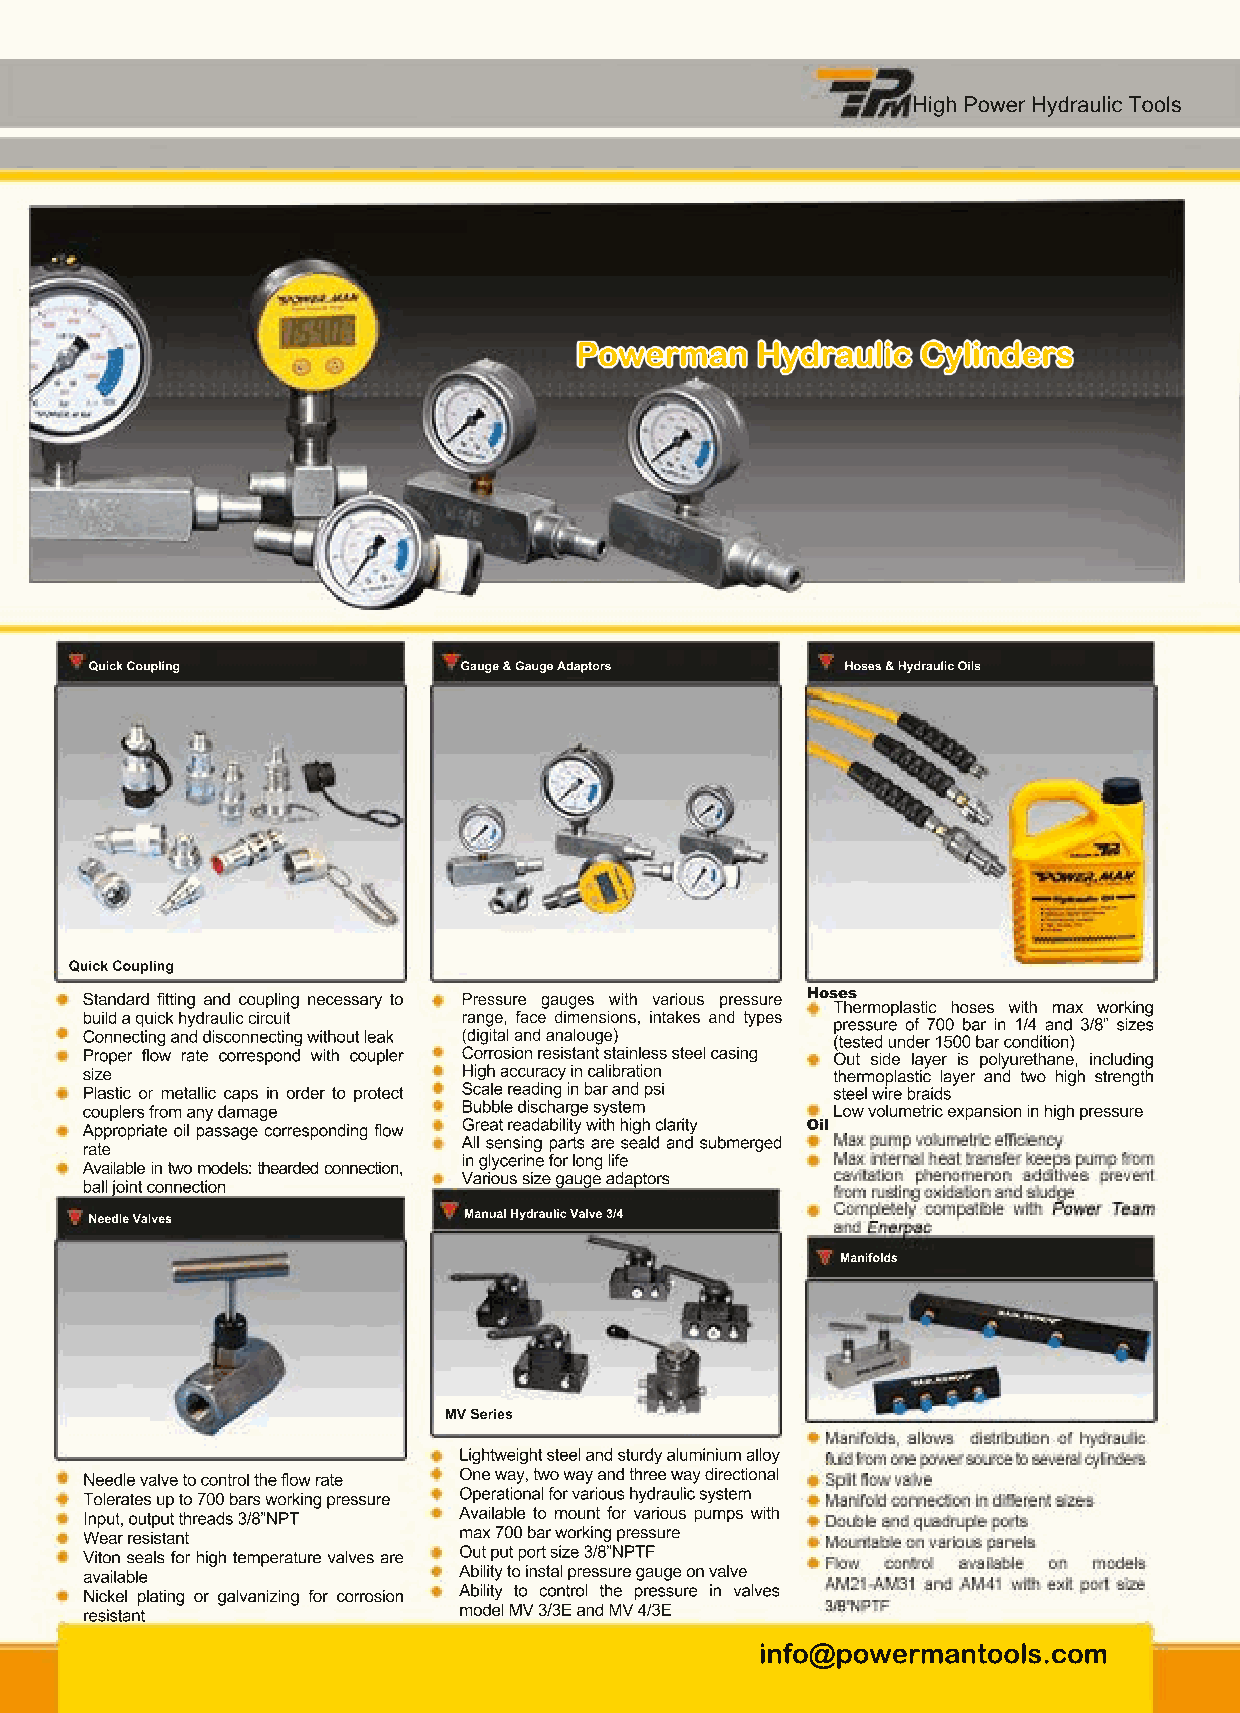
High Power Hydraulic Tools
 Powerman    Hydraulic  Cylinders
 Quick Coupling          GGaauuggee && GGaauuggee AAddaappttoorrss Hoses & Hydraulic Oils
 QQuuiicckk CCoouupplliinngg
 Standard fitting and coupling necessary to Pressure gauges with various pressure HHoosseess
 Thermoplastic hoses with max working
 build a quick hydraulic circuit range, face dimensions, intakes and types
 pressure of 700 bar in 1/4 and 3/8” sizes
 Connecting and disconnecting without leak (digital and analouge) (tested under 1500 bar condition)
 Proper flow rate correspond with coupler Corrosion resistant stainless steel casing Out side layer is polyurethane, including
 size                      High accuracy in calibration thermoplastic layer and two high strength
 Plastic or metallic caps in order to protect Scale reading in bar and psi steel wire braids
 couplers from any damage  Bubble discharge system Low volumetric expansion in high pressure
 AApppprroopprriiaattee ooiill ppaassssaaggee ccoorrrreessppoonnddiinngg ffllooww GGrreeaatt rreeaaddaabbiilliittyy wwiitthh hhiigghh ccllaarriittyy OOiill
 All sensing parts are seald and submerged
 rate
 in glycerine for long life
 Available in two models: thearded connection,
 Various size gauge adaptors
 ball joint connection
 Needle Valves            Manual Hydraulic Valve 3/4
 Manifolds
 MV Series
 Lightweight steel and sturdy aluminium alloy
 Needle valve to control the flow rate One way, two way and three way directional
 Tolerates up to 700 bars working pressure Operational for various hydraulic system
 Input, output threads 3/8”NPT Available to mount for various pumps with
 Wear resistant          max 700 bar working pressure
 Viton seals for high temperature valves are Out put port size 3/8”NPTF
 available               AAbbiilliittyy ttoo iinnssttaall pprreessssuurree ggaauuggee oonn vvaallvvee
 NNiicckkeell ppllaattiinngg oorr ggaallvvaanniizziinngg ffoorr ccoorrrroossiioonn Ability to control the pressure in valves
 resistant               model MV 3/3E and MV 4/3E
 info@powermantools.com